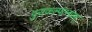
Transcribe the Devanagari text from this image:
पुराकल्पाभ्याम्